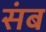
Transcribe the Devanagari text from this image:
संब